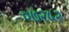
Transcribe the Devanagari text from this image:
०७२५२